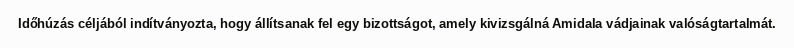
Időhúzás céljából indítványozta, hogy állítsanak fel egy bizottságot, amely kivizsgálná Amidala vádjainak valóságtartalmát.